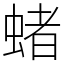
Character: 蝫